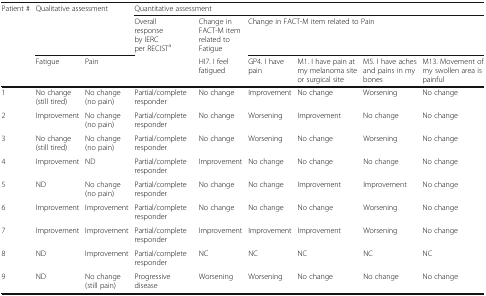
| <ROWSPAN=3> Patient # | <ROWSPAN=2-COLSPAN=2> Qualitative assessment | <COLSPAN=6> Quantitative assessment |
 | <ROWSPAN=2> Overall response by IERC per RECISTa | Change in FACT-M item related to Fatigue | <COLSPAN=4> Change in FACT-M item related to Pain |
 | Fatigue | Pain | HI7. I feel fatigued | GP4. I have pain | M1. I have pain at my melanoma site or surgical site | M5. I have aches and pains in my bones | M13. Movement of my swollen area is painful |
 | --- | --- | --- | --- | --- | --- | --- | --- | --- |
 | 1 | No change (still tired) | No change (no pain) | Partial/complete responder | No change | Improvement | No change | Worsening | No change |
 | 2 | Improvement | No change (no pain) | Partial/complete responder | No change | Worsening | Improvement | No change | No change |
 | 3 | No change (still tired) | No change (no pain) | Partial/complete responder | No change | Worsening | No change | Worsening | No change |
 | 4 | Improvement | ND | Partial/complete responder | Improvement | No change | No change | No change | No change |
 | 5 | ND | No change (no pain) | Partial/complete responder | No change | No change | Improvement | Improvement | No change |
 | 6 | Improvement | Improvement | Partial/complete responder | No change | No change | No change | Worsening | No change |
 | 7 | Improvement | Improvement | Partial/complete responder | Improvement | Improvement | Improvement | Worsening | No change |
 | 8 | ND | Improvement | Partial/complete responder | NC | NC | NC | NC | NC |
 | 9 | ND | No change (still pain) | Progressive disease | Worsening | Worsening | No change | No change | No change |